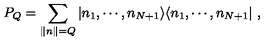
P _ { Q } = \sum _ { \| n \| = Q } \vert n _ { 1 } , \cdots , n _ { N + 1 } \rangle \langle n _ { 1 } , \cdots , n _ { N + 1 } \vert \ ,